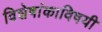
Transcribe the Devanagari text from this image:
विशेषांकाविषयी